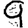
Digit: 9